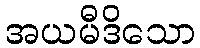
အယမီဒိသော